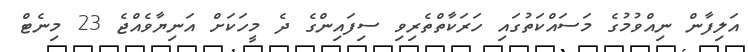
އަލިފާން ނިއްވުމުގެ މަސައްކަތުގައި ހަރަކާތްތެރިވި ސިފައިންގެ ދެ މީހަކަށް އަނިޔާވެއްޖެ 23 މިނެޓް